Civil Veterinary Department. Central Provinces & Berar 1925-31 - 1925-1931
Year: 1925
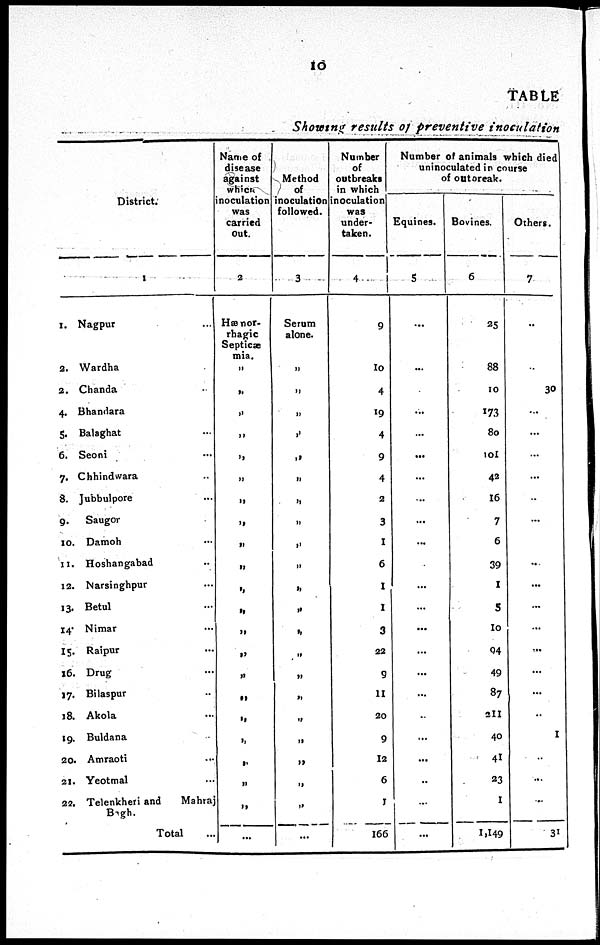
10
TABLE
Showing results of preventive
inoculation
District.
1
1. Nagpur ...
2. Wardha ...
2. Chanda ...
4. Bhandara ...
5. Balaghat ...
6. Seoni ...
7. Chhindwara ...
8. Jubbulpore
9.
Saugor
10. Damoh ...
11. Hoshangabad ..
12. Narsinghpur ...
13. Betul ...
14. Nimar ...
15. Raipur ...
16. Drug ...
17. Bilaspur ...
18. Akola ...
19. Buldana ...
20. Amraoti ...
21. Yeotmal ...
22. Telenkheri and
Mahraj
Bagh.
Total ...
Name of
disease
against
which
inoculation
was
carried
Out.
2
Hæmor-
rhagic
Septicæ
mia.
„
„
„
„
„
„
„
„
„
„
„
„
„
„
„
„
„
„
„
„
„
...
Method
of
inoculation
followed.
3
Serum
alone.
„
„
„
„
„
„
„
„
„
„
„
„
„
„
„
„
„
„
„
„
„
...
Number
of
outbreaks
in which
inoculation
was
under-
taken.
4
9
10
4
19
4
9
4
2
3
1
6
1
1
3
22
9
11
20
9
12
6
1
166
Number of animals which died
uninoculated in course
of outbreak
Equines.
5
...
...
...
...
...
...
...
...
...
...
...
...
...
...
...
...
...
...
...
...
...
...
...
Bovines.
6
25
88
10
173
80
101
42
16
7
6
39
1
5
10
94
49
87
211
40
41
23
1
1,149
Others.
7
...
...
30
...
...
...
...
..
...
...
...
...
...
...
...
...
...
...
1
...
...
...
31